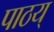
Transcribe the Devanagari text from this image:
पाठय्